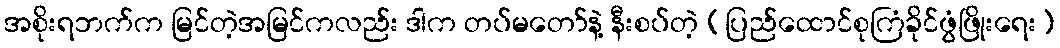
အစိုးရဘက်က မြင်တဲ့အမြင်ကလည်း ဒါက တပ်မတော်နဲ့ နီးစပ်တဲ့ (ပြည်ထောင်စုကြံခိုင်ဖွံဖြိုးရေး)